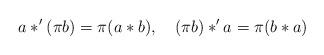
LaTeX: \begin{align*}a*^{\prime }(\pi b)=\pi (a*b),\quad (\pi b)*^{\prime }a=\pi (b*a)\end{align*}